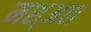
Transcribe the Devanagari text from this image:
मश्अल